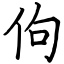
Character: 佝